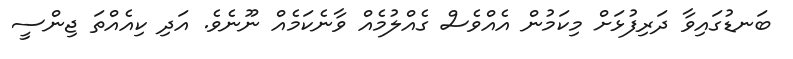
ބަނޑުގައިވާ ދަރިފުޅަށް މިކަމުން އެއްވެސް ގެއްލުމެއް ވާނެކަމެއް ނޫނެވެ. އަދި ކިއެއްތަ ޖިންސީ